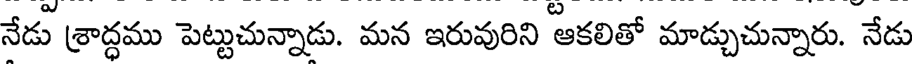
నేడు శ్రాద్ధము పెట్టుచున్నాడు. మన ఇరువురిని ఆకలితో మాడ్చుచున్నారు. నేడు